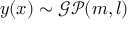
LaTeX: y ( x ) \sim { \mathcal { G P } } ( m , l )